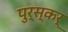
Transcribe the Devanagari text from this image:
पुर्स्कर्